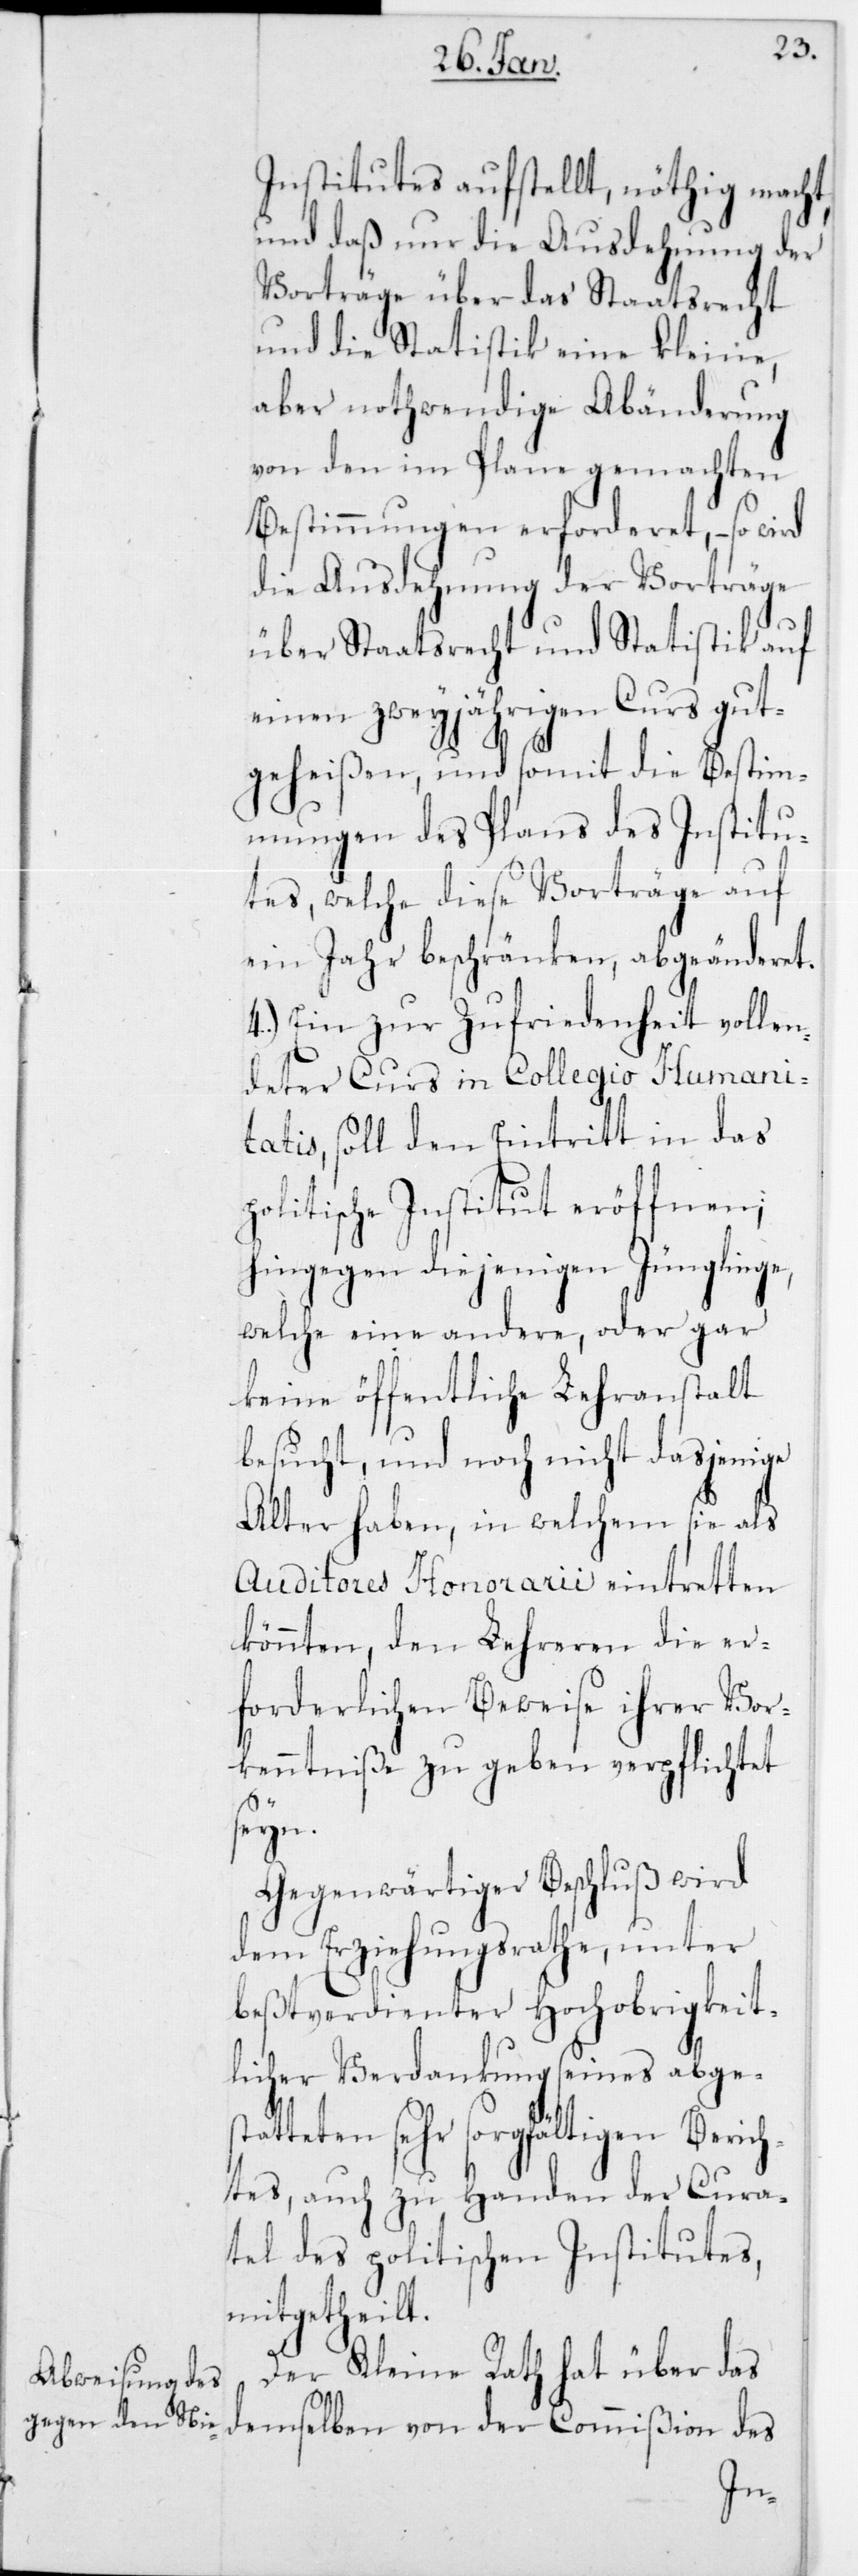
Institutes aufstellt, nöthig macht,
und daß nur die Ausdehnung der
Vorträge über das Staatsrecht
und die Statistik eine kleine,
aber nothwendige Abänderung
von den im Plane gemachten
Bestimmungen erforderet, – so wird
die Ausdehnung der Vorträge
über Staatsrecht und Statistik auf
einen zweyjährigen Curs gut¬
geheißen, und somit die Bestim¬
mungen des Plans des Institu¬
tes, welche diese Vorträge auf
ein Jahr beschränken, abgeänderet.
4.) Ein zur Zufriedenheit vollen¬
deter Curs im Collegio Humani¬
tatis, soll den Eintritt in das
Politische Institut eröffnen;
hingegen diejenigen Jünglinge,
welche eine andere, oder gar
keine öffentliche Lehranstalt
[sic!], und noch nicht dasjenige
Alter haben, in welchem sie als
Auditores Honorarii eintretten
könnten, den Lehreren die er¬
forderlichen Beweise ihrer Vor¬
kenntniße zu geben verpflichtet
seyn.
Gegenwärtiger Beschluß wird
dem Erziehungsrathe, unter
bestverdienter hochobrigkeit¬
licher Verdankung seines abges¬
tatteten sehr sorgfältigen Berich¬
tes, auch zu Handen der Cura¬
tel des politischen Institutes,
mitgetheilt.
Der Kleine Rath hat über das
demselben von der Commißion des